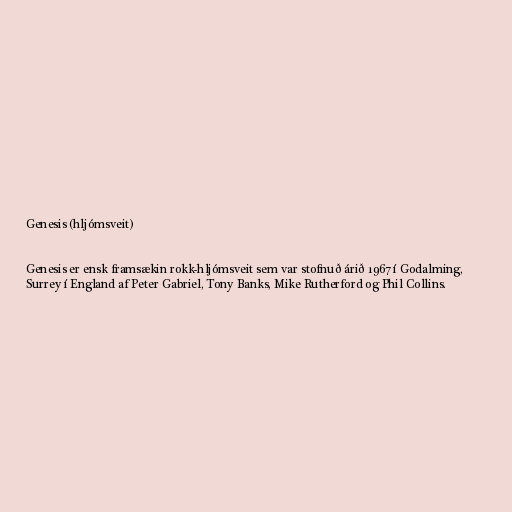
Genesis (hljómsveit)

Genesis er ensk framsækin rokk-hljómsveit sem var stofnuð árið 1967 í Godalming,
Surrey í England af Peter Gabriel, Tony Banks, Mike Rutherford og Phil Collins.